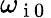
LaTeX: \omega_{{\mathrm{~i~0~}}}